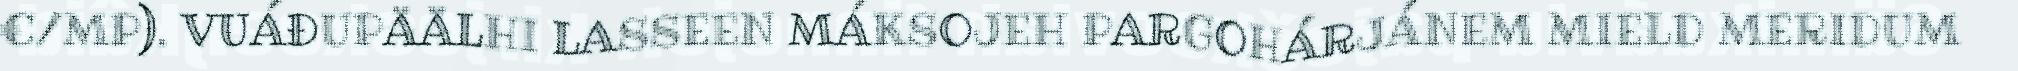
€/MP). VUÁĐUPÄÄLHI LASSEEN MÁKSOJEH PARGOHÁRJÁNEM MIELD MERIDUM